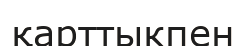
қарттыкпен